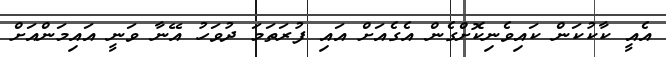
އެއީ ކާކުކަން ކައިވެނިކޮށްގެން އެގެއަށް އައި ފުރަތަމަ ދުވަހު އޭނާ ވަނީ އައިމަންއަށް